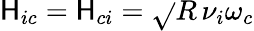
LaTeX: \mathsf{H}_{ic}=\mathsf{H}_{ci}=\sqrt{}{{R}}\, \nu_{i}\omega_{c}